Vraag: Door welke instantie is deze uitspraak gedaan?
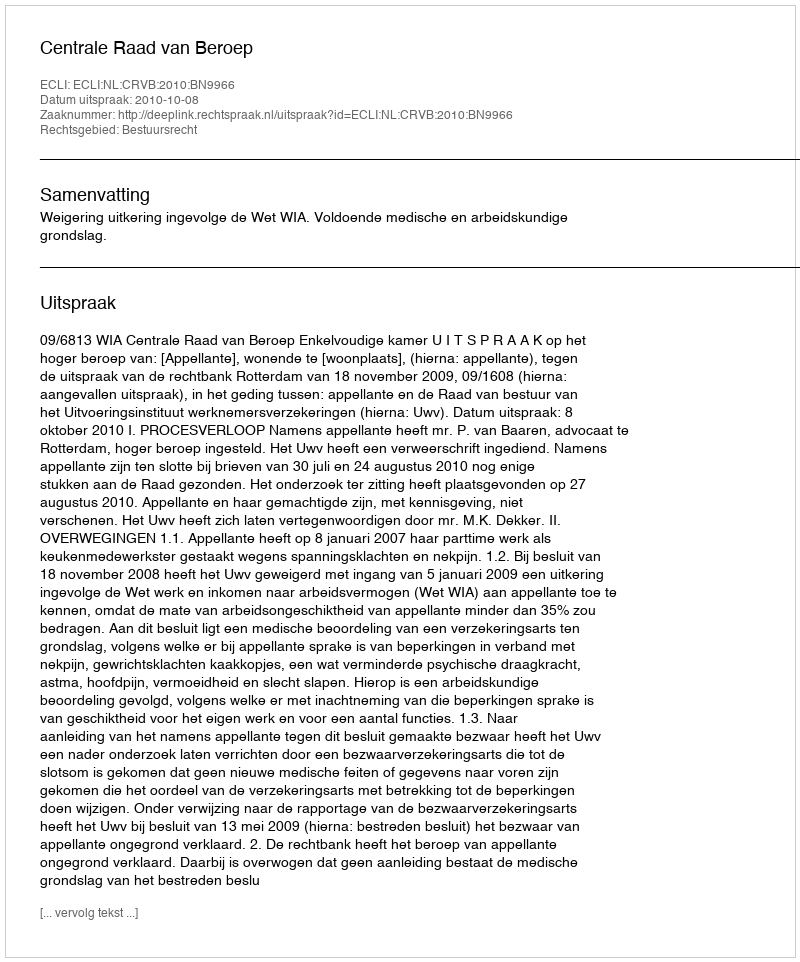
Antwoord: Centrale Raad van Beroep